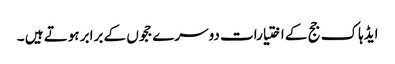
ایڈہاک جج کے اختیارات دوسرے ججوں کے برابر ہوتے ہیں ۔